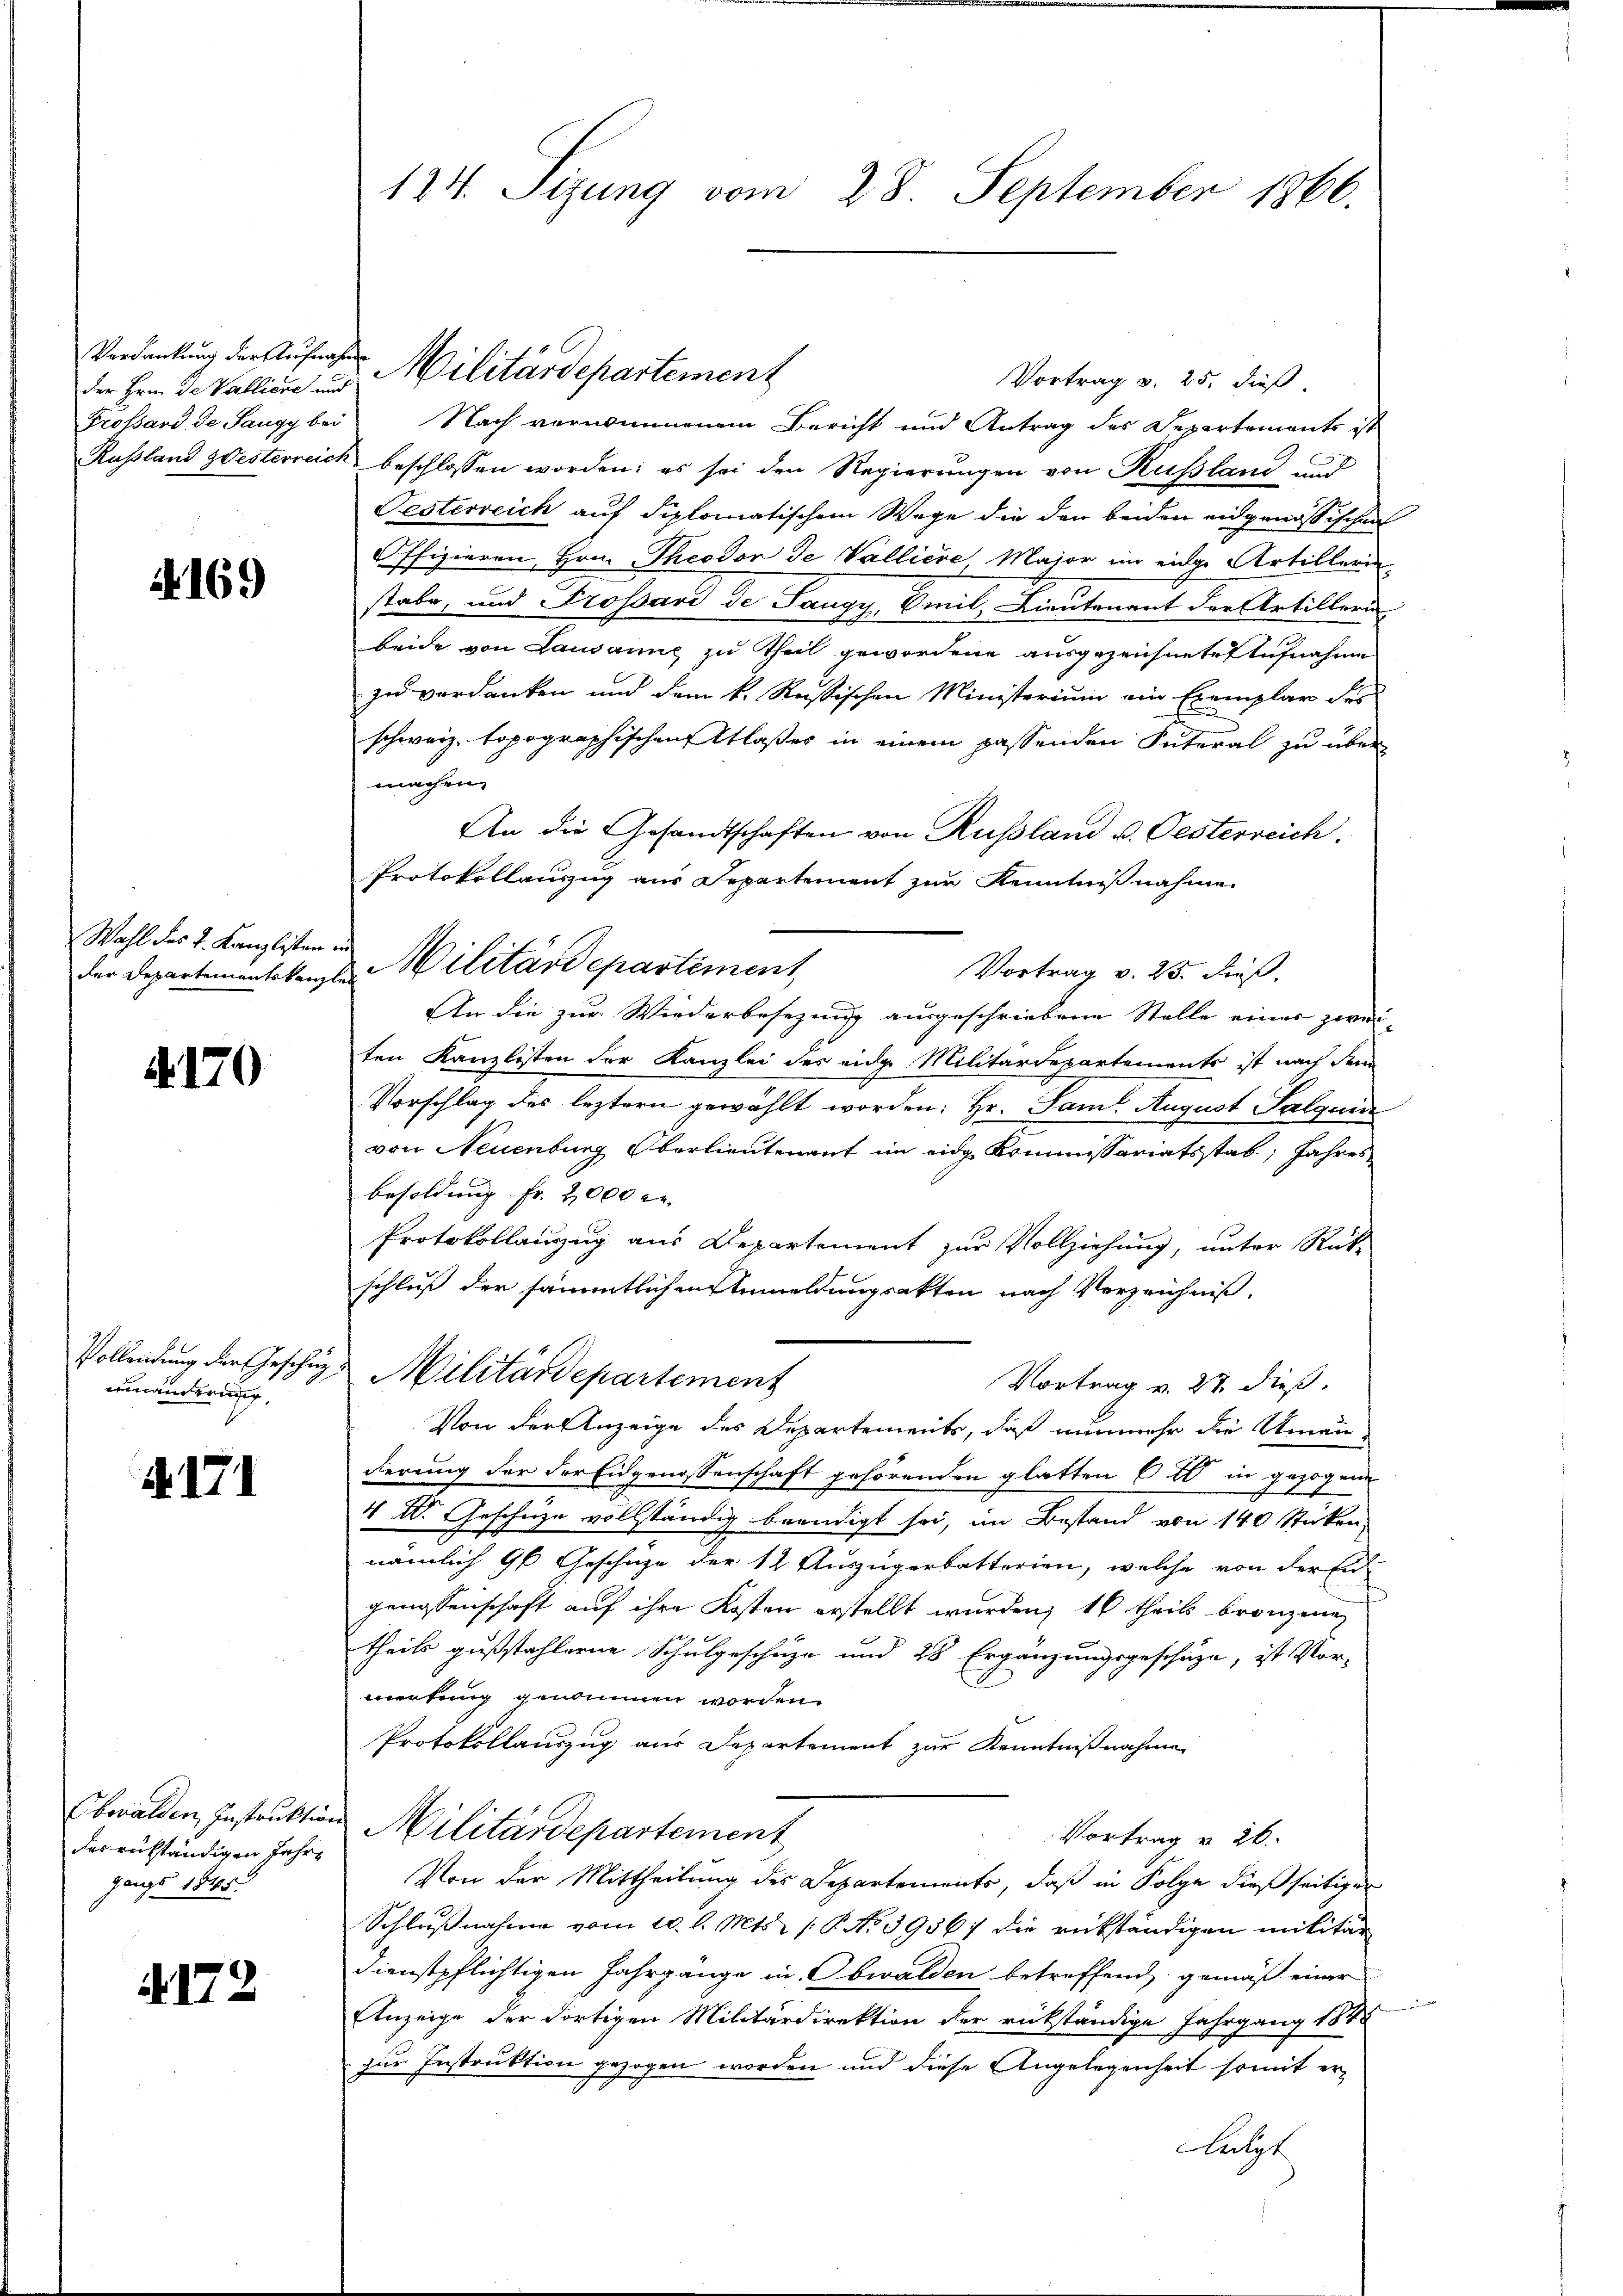
Verdankung der Aufnahmen

A. 169

Wahl des L. Kanzlisten in

A.170

Vollendung der Geschutz
enänderung

R. 171

Obwalden Instruktion
des rükständigen Jahre
gangs 1845.

.

2

der Hrn. Da Vallien und Militärdepartement
Vortrag v. 25. dieß.
Frossard de Sangy bei Nach vernommenem Bericht und Antrag des Departements ist
Russland gesterreich beschlossen worden; es sei den Regierungen von Russland und
Festerreich auf diplomatischem Wege die den beiden eidgenössischen
Offizieren, Hrn. Theodor de Valliere Major im eidge Artillerin
stabe, und Grossard de Sangy, Emil, Lieutenant der Artilleri
beide von Lausanne zu Theil gewordene ausgezeichnete Aufnahme
zu verdanken und dem k. Russischen Ministerium ein Exemplar des
schweiz. topographischen Claßes in einem passenden Interal zu über
machen.
An die Gesandtschaften von Russland u. Oesterreich
Protokollauszug aus Separtement zur Kenntnißnahme
Vortrag v. 25. dieß.
An die zur Wiederbesezung ausgeschriebene Stelle einer zwei-
ten Kanzlisten der Kanzlei des eidg. Militärdepartements ist nach dem
Vorschlag des leztern gewählt worden: Hr. Sam August Salquin
von Neuenburg Oberlieutenant im eidg. Kommissariatsstab; Jahres
besoldung Fr. 2000 l.
Protokollanzug aus Departement zur Vollziehung, unter Rück-
schluß der sämmtlichen Anmeldungsakten nach Verzeichniß,
Militärdepartement
Vortrag v. 27. dieß.
Von der Anzeige des Departements, daß nunmehr die Umän
dierung der der Eidgenossenschaft gehörenden glatten Eid in gezogene
4. IV. Geschüze vollständig beendigt sei, im Bestand von 140 Stücken,
nämlich 9 Geschäze der 12 Auszügerbatterien, welche von der Ei
genossenschaft auf ihre Kosten erstellt wurden, 16 theils bronzen
theils gußstahlerne Schulgeschüze und 28 Ergänzungsgeschuze, ist Vor-
.
merkung genommen worden.
Protokollauszug aus Departement zur Kenntnißnahme
 Militärdepartement
Vortrag v. 26.
Von der Mittheilung des Departements, daß in Folge dießseitiger
Schlußnahme vom 10. d. Mts. /: P. No 3956; die rükständigen militär
dienstpflichtigen Jahrgänge in Obwalden betreffend gemäß einer
Anzeige der dortigen Militärdirektion der rückständige Jahrgang 184
zur Instruktion gezogen worden und diese Angelegenheit somit er-
Letzt

124. Sizung vom 28. September 1866.

der Departementaten u. Militärdepartement